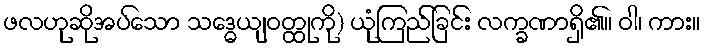
ဖလဟုဆိုအပ်သော သဒ္ဓေယျဝတ္ထုကို) ယုံကြည်ခြင်း လက္ခဏာရှိ၏။ ဝါ၊ ကား။